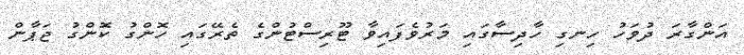
އަންގާރަ ދުވަހު ހިނގި ހާދިސާގައި މަރުވެފައިވާ ޓޫރިސްޓުންގެ ތެރޭގައި ހޮންގު ކޮންގު ޖަޕާން